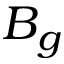
B _ { g }